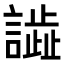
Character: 𧬃